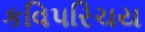
કવિપરિચય